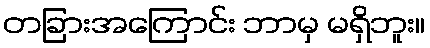
တခြားအကြောင်း ဘာမှ မရှိဘူး။